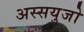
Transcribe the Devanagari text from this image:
अस्सयुजो